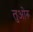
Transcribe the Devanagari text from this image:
तुओरू